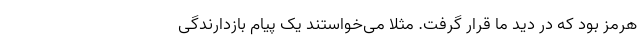
هرمز بود که در دید ما قرار گرفت. مثلاً می‌خواستند یک پیام بازدارندگی